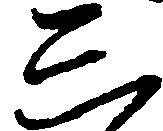
し